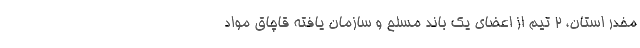
مخدر استان، 2 تیم از اعضای یک باند مسلح و سازمان یافته قاچاق مواد